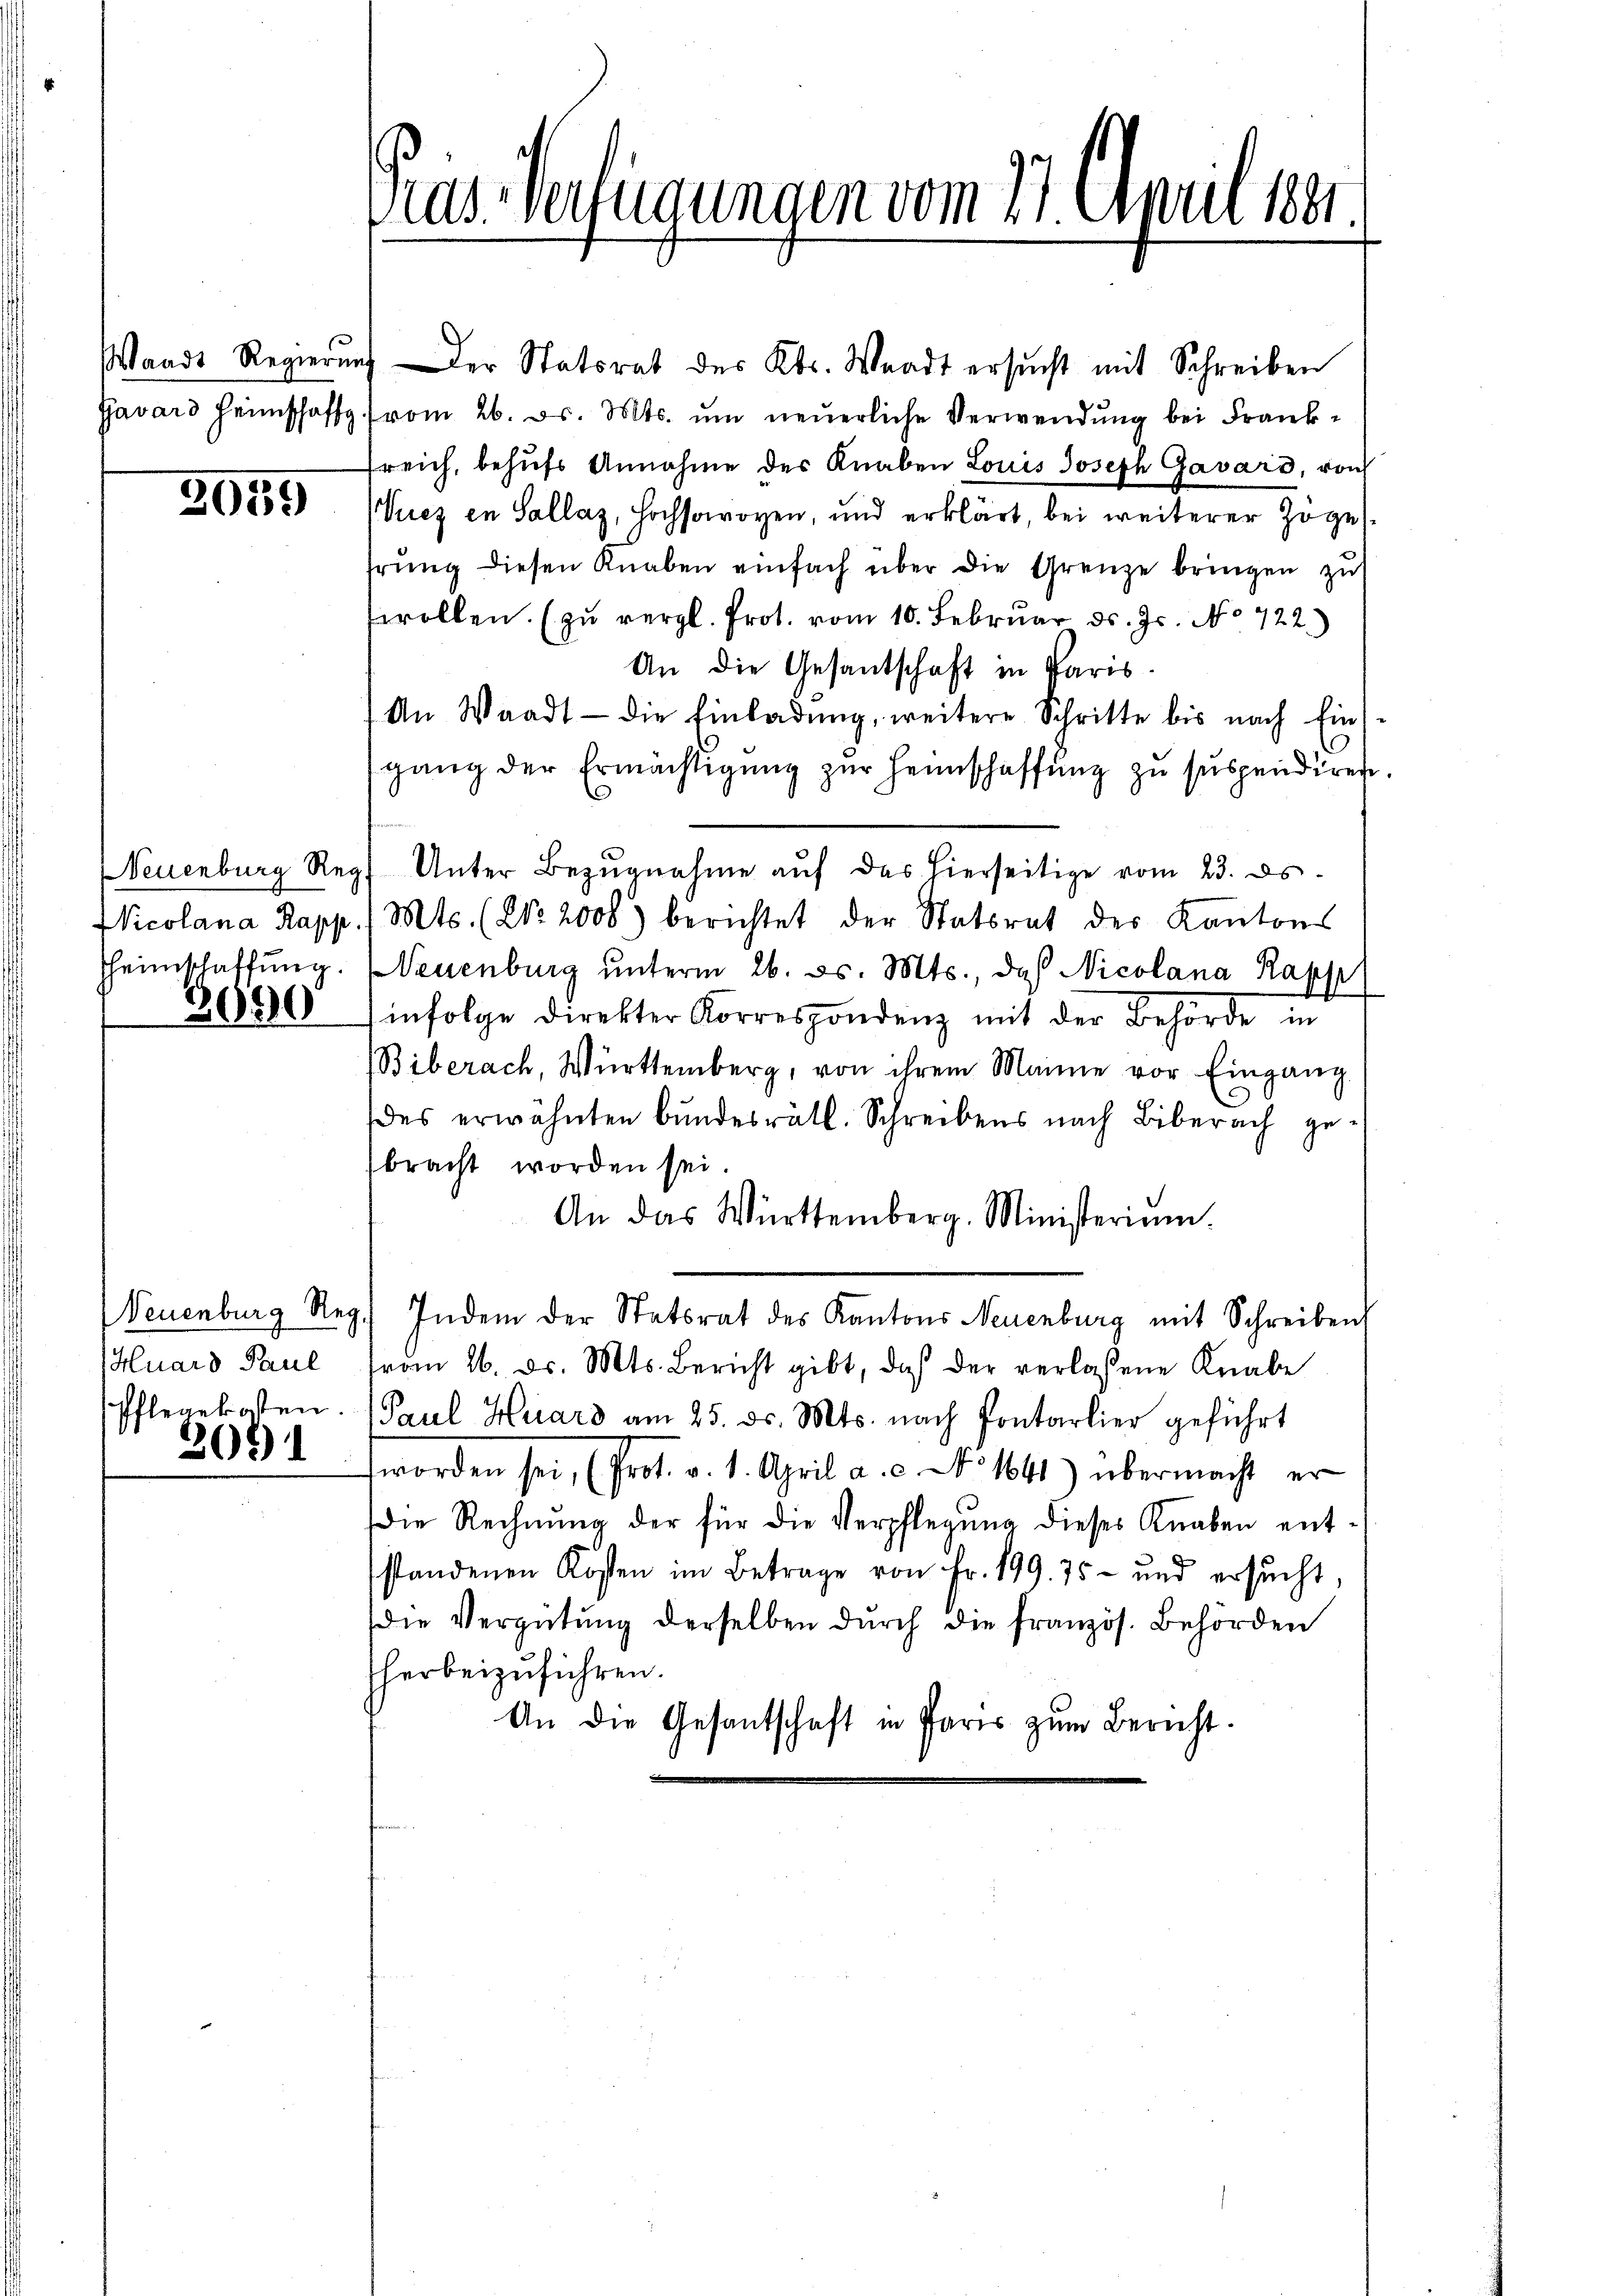
2059

3090

Huard Paul
Pflegekosten

201)

Waadt Regierung der Statsrat des Kts. Waadt ersŭcht mit Schreiben
Gavard Heimschaft vom 26. Dr. Mts. um neuerliche Verwendung bei Franksreich, behufs Annahme des Knaben Louis Joseph Gavard, von
Vucz in Sallaz, Hochsowoyen, und erklärt, bei weiterer Zögehrŭng diesen Knaben einfach über die Grenze bringen zŭ
ferollen. (zu vergl. Prot. vom 10. Februar d. Js. No 722.)
An die Gesantschaft in Paris.
An Waadt die Einladŭng, weitere Schritte bis nach Ein-
gang der Ermächtigŭng zur Heimschaffŭng zu suspendiren.
NNeuenburg Reg. Unter Bezŭgnahme aŭf das hierseitige vom 23. ds.
Nicolana Rapp. / Mts. (Nr. 2000) berichtet der Statsrat des Kantons
heimschaffung. Neuenburg unterm 26. d. Mts., daß Nicolana Rapp
Einfolge direkter Korrespondenz mit der Behörde in
Biberach, Württemberg, von ihrem Manne vor Eingang
des erwähnten Bundesrätl. Schreibens nach Biberach gebracht worden sei
An das Württemberg. Ministerium.
Neuenburg Reg. Indem der Statsrat des Kantons Neuenburg mit Schreibens
from 26. ds. Mts. Bericht gibt, daß der verlassene Knabe
Paul Huard am 25. ds. Mts. nach Pontarlier geführt
worden sei, (Prot. v. 1. April a. c. No. 1641) übermacht er
die Rechnung der für die Verpflegung dieses Knaben entstandenen Kosten im Betrage von Fr. 199. 75 - und ersŭcht,
die Vergütŭng derselben durch die französ. Behörden
herbeizuführen.
An die Gesantschaft in Paris zŭm Bericht.

Gras Verfügungen vom 27. Juni 1881